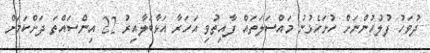
ދުވަހު ފުލުހުންނަށް ހުށަހެޅުނު މައްސަލަތައް ފާއިތުވި އަހަރާ އަޅާބަލާއިރު 22 އިންސައްތަ ދަށްކަމަށް